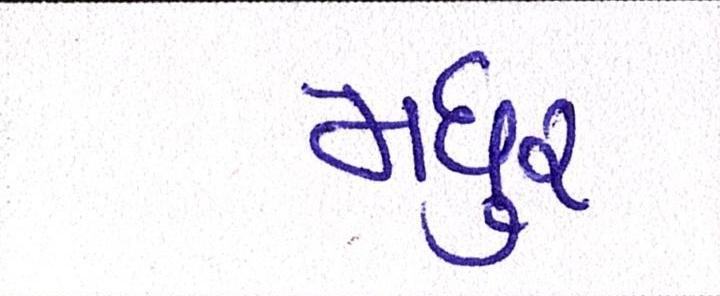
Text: મધુર